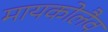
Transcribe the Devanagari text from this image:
मायकोलैव